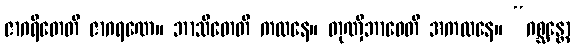
ဇာဂရိတေတိ ဇာဂရဏေ။ ဘာသိတေတိ ကထနေ။ တုဏှီဘာဝေတိ အကထနေ။ “ဂစ္ဆန္တော